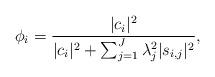
LaTeX: \begin{align*}\phi_i = \frac{|c_i|^2}{|c_i|^2 + \sum_{j=1}^J \lambda_j^2 |s_{i,j}|^2},\end{align*}